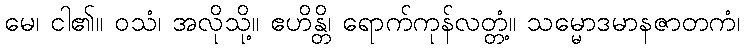
မေ၊ ငါ၏။ ဝသံ၊ အလိုသို့။ ဧဟိန္တိ၊ ရောက်ကုန်လတ္တံ့။ သမ္မောဒမာနဇာတကံ၊